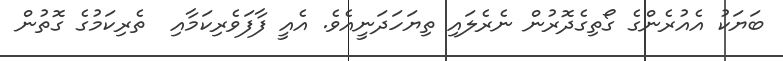
ބަޔަކު އެއުރެންގެ ގޯތިގެދޮރުން ނެރެލައި ތިޔަހަދަނީއެވެ. އެއީ ފާފަވެރިކަމާއި  ތެރިކަމުގެ ގޮތުން